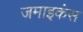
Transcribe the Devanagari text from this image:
जमाइकंस